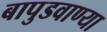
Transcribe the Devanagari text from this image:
बापुडवाण्या